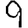
Digit: 9